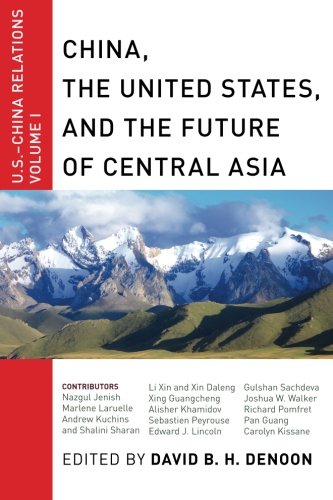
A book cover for China, The United States, and the Future of Central Asia: U.S.-China Relations, Volume I; Business & Money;